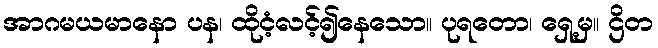
အာဂမယမာနော ပန၊ ထိုငံ့လင့်၍နေသော။ ပုရတော၊ ရှေ့မှ။ ဌိတ